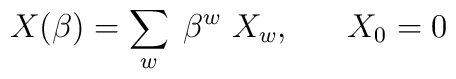
X(\beta) = \sum_{w} \; \beta^{w} \; X_{w}, \;\;\;\;\;\; X_{0} = 0